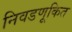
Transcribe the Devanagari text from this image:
निवडणूकित